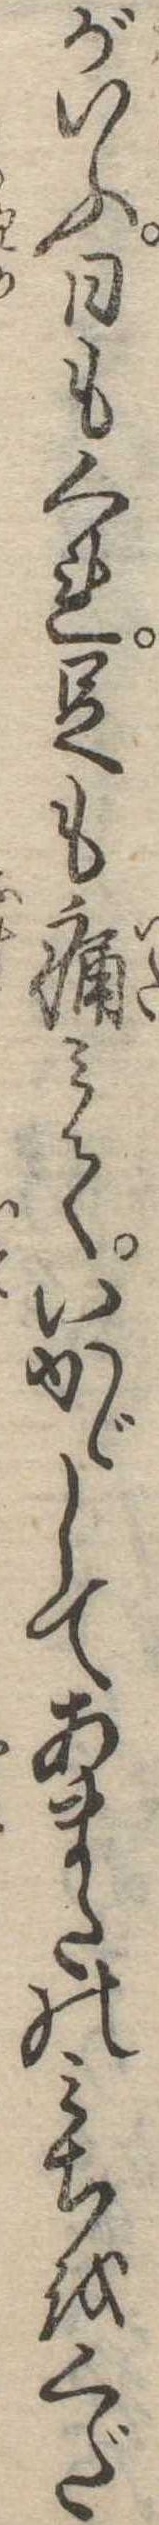
がいふ日もくれ足も痛みていかゞしてあまたのみちをくだ